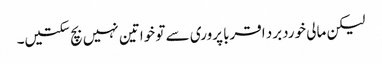
لیکن مالی خوردبرد اقربا پروری سے تو خواتین نہیں بچ سکتیں۔